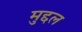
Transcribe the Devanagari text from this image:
मुद्दल